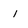
Character: 1